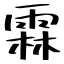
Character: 霖